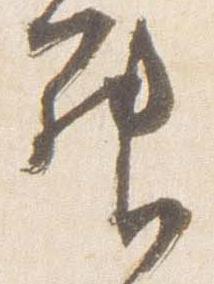
昇